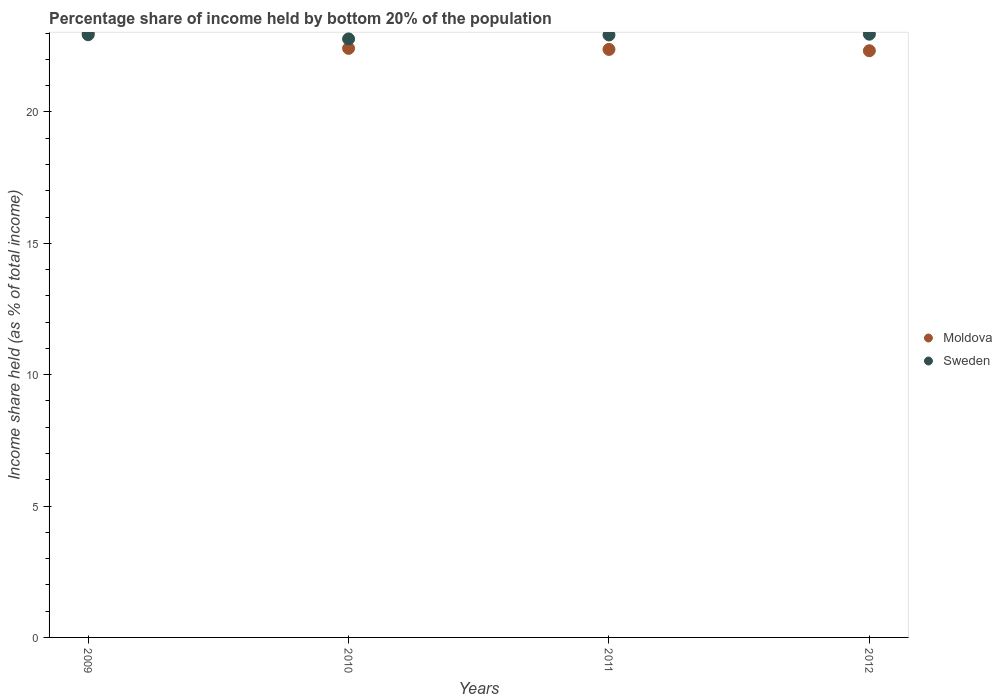
| Years | Moldova | Sweden |
 | --- | --- | --- |
 | 2009 | 23 | 22.9 |
 | 2010 | 22.4 | 22.8 |
 | 2011 | 22.4 | 22.9 |
 | 2012 | 22.3 | 23 |